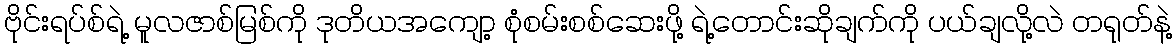
ဗိုင်းရပ်စ်ရဲ့ မူလဇာစ်မြစ်ကို ဒုတိယအကျော့ စုံစမ်းစစ်ဆေးဖို့ ရဲ့တောင်းဆိုချက်ကို ပယ်ချလို့လဲ တရုတ်နဲ့